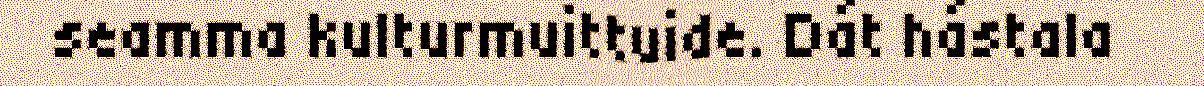
seamma kulturmuittuide. Dát hástala